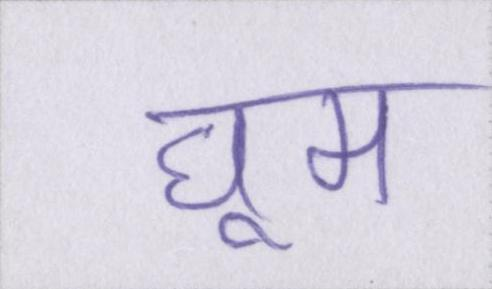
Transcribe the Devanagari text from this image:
घूम